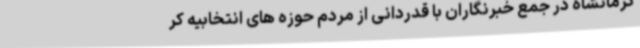
کرمانشاه در جمع خبرنگاران با قدردانی از مردم حوزه های انتخابیه کر